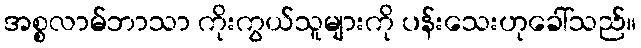
အစ္စလာမ်ဘာသာ ကိုးကွယ်သူများကို ပန်းသေးဟုခေါ်သည်။